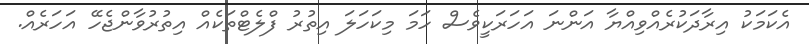
އެކަމަކު އިރާދަކުރެއްވިއްޔާ އަންނަ އަހަރަކީވެސް ހަމަ މިކަހަލަ އިތުރު ފްލެޓްތަކެއް އިތުރުވާންޖެހޭ އަހަރެއް.